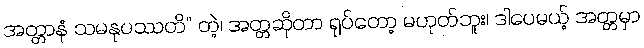
အတ္တာနံ သမနုပဿတိ” တဲ့၊ အတ္တဆိုတာ ရုပ်တော့ မဟုတ်ဘူး၊ ဒါပေမယ့် အတ္တမှာ